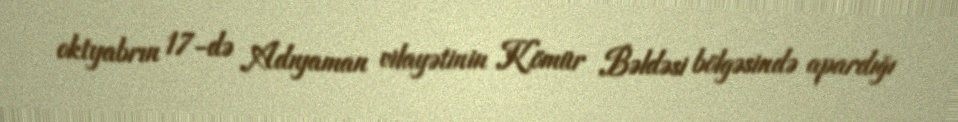
oktyabrın 17-də Adıyaman vilayətinin Kömür Bəldəsi bölgəsində apardığı